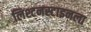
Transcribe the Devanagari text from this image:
लिश्टनस्टाइनला